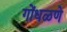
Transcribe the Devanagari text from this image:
गोंधळणे